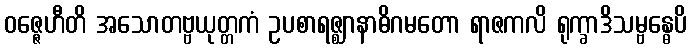
ဝဇ္ဇေဟီတိ အသောတဗ္ဗယုတ္တကံ ဥပစာရဇ္ဈာနာဓိဂမတော ရာဇကလိ ရုက္ခာဒိသမ္ဗန္ဓေပိ